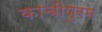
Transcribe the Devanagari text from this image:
काचीपुरम